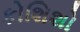
કોશિશો